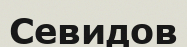
Севидов